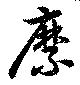
縻